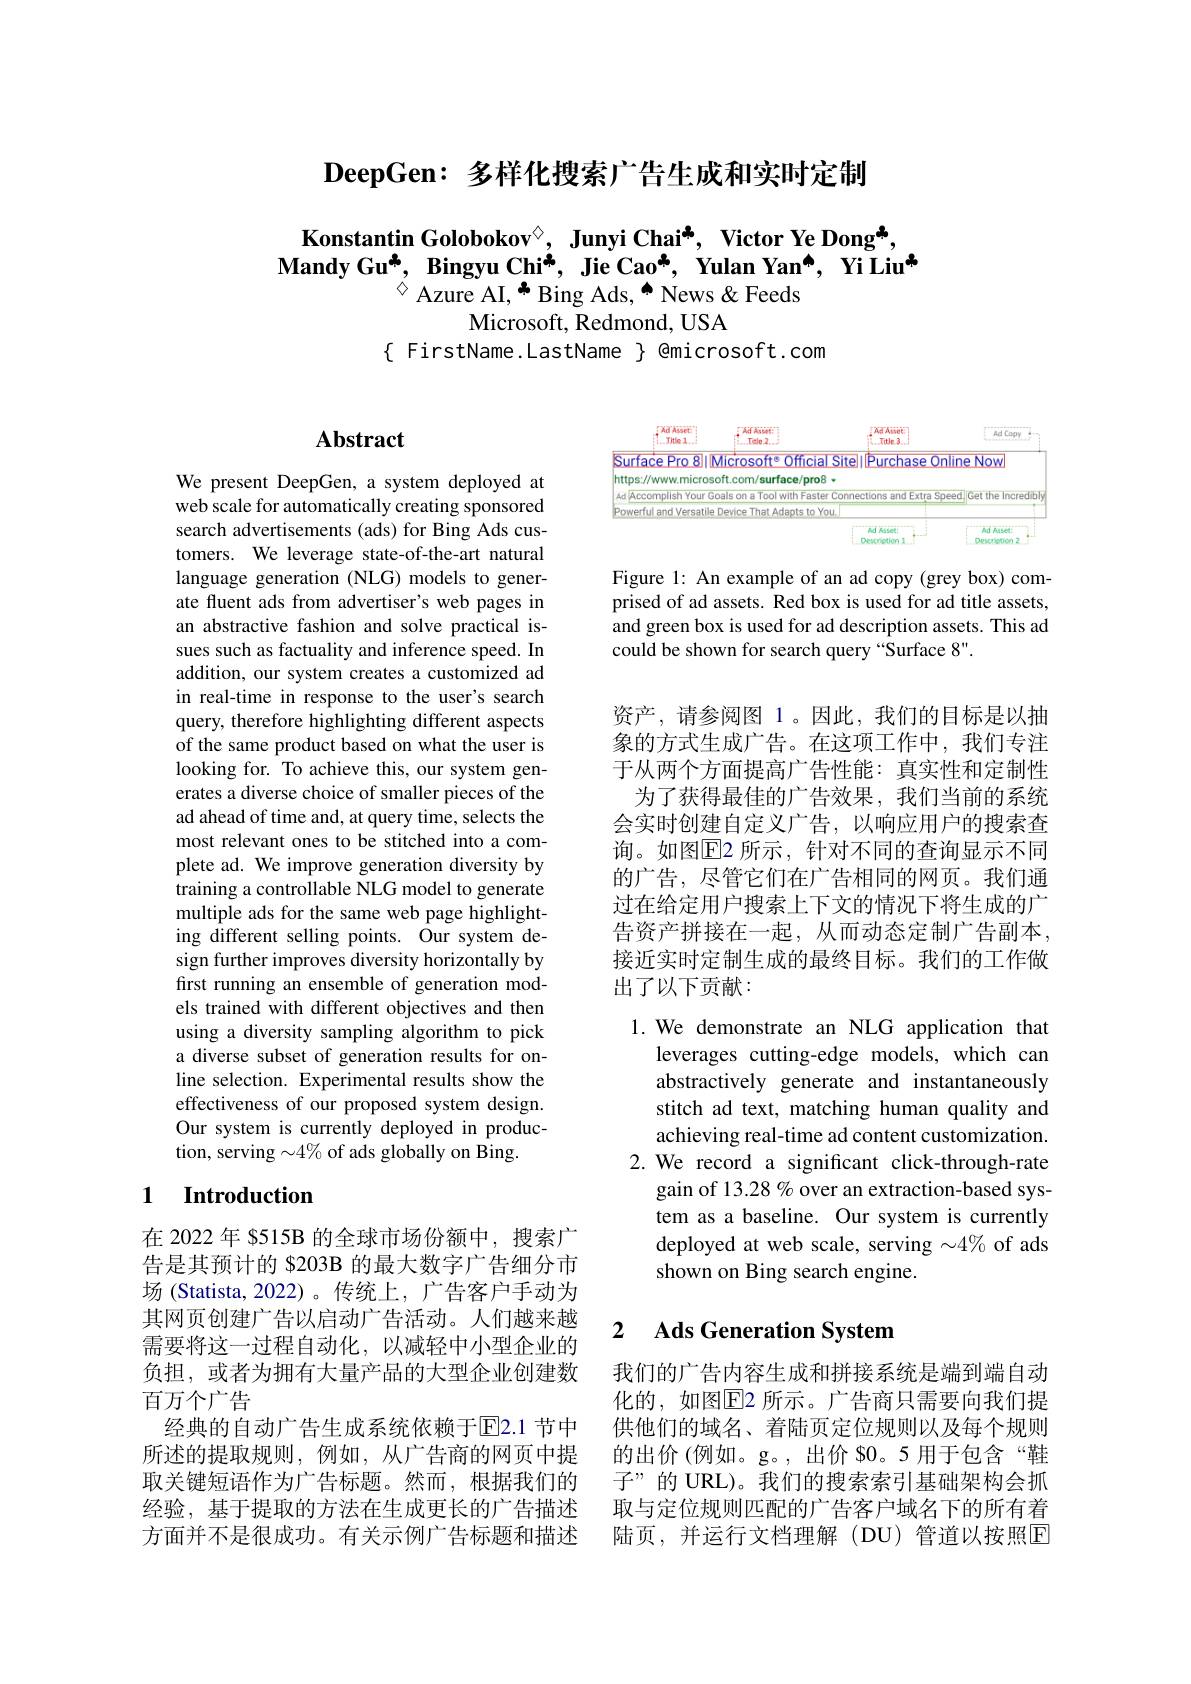
$\textbf{DeepGen: 多 样 化 搜 索 广 告 生 成 和 实 时 定 制 }$

Konstantin Golobokov$^{\textcircled{\mathrm{o}}}$, Junyi Chai*, Victor Ye Dong*,
Mandy Gu*, Bingyu Chi*, Jie Cao*, Yulan Yan", Yi Liu*
$^{\diamond}$ Azure AI, * Bing Ads, “ News & Feeds
Microsoft, Redmond, USA
$\{$ FirstName.LastName $\}$ @microsoft.com

## $\mathbf{Abstract}$

We present DeepGen, a system deployed at web scale for automatically creating sponsored search advertisements (ads) for Bing Ads customers. We leverage state-of-the-art natural language generation (NLG) models to generate fluent ads from advertiser's web pages in an abstractive fashion and solve practical issues such as factuality and inference speed. In addition, our system creates a customized ad in real-time in response to the user's search query, therefore highlighting different aspects of the same product based on what the user is looking for. To achieve this, our system generates a diverse choice of smaller pieces of the ad ahead of time and, at query time, selects the most relevant ones to be stitched into a complete ad. We improve generation diversity by training a controllable NLG model to generate multiple ads for the same web page highlighting different selling points. Our system design further improves diversity horizontally by first running an ensemble of generation models trained with different objectives and then using a diversity sampling algorithm to pick a diverse subset of generation results for online selection. Experimental results show the effectiveness of our proposed system design. Our system is currently deployed in production, serving $\sim4\%$ of ads globally on Bing.

### 1 $\textbf{Introduction}$

在 2022 年 $515B 的全球市场份额中，搜索广告是其预计的 8203B 的最大数字广告细分市场 (Statista, 2022)。传统上，广告客户手动为其网页创建广告以启动广告活动。人们越来越需要将这一过程自动化，以减轻中小型企业的负担，或者为拥有大量产品的大型企业创建数百万个广告
经典的自动广告生成系统依赖于E2.1 节中所述的提取规则，例如，从广告商的网页中提取关键短语作为广告标题。然而，根据我们的经验，基于提取的方法在生成更长的广告描述方面并不是很成功。有关示例广告标题和描述

<FigureHere>

Figure 1: An example of an ad copy (grey box) comprised of ad assets. Red box is used for ad title assets, and green box is used for ad description assets. This ad could be shown for search query “Surface 8”.

资产，请参阅图 1。因此，我们的目标是以抽象的方式生成广告。在这项工作中，我们专注于从两个方面提高广告性能：真实性和定制性
为了获得最佳的广告效果，我们当前的系统会实时创建自定义广告，以响应用户的搜索查询。如图$\overline{\mathrm{E}}$2 所示，针对不同的查询显示不同的广告，尽管它们在广告相同的网页。我们通过在给定用户搜索上下文的情况下将生成的广告资产拼接在一起，从而动态定制广告副本， 接近实时定制生成的最终目标。我们的工作做出了以下贡献：

1.We demonstrate an NLG application that
leverages cutting-edge models, which can abstractively generate and instantaneously stitch ad text, matching human quality and achieving real-time ad content customization.
2. We record a significant click-through-rate
gain of 13.28 % over an extraction-based system as a baseline. Our system is currently deployed at web scale, serving $\sim4\%$ of ads shown on Bing search engine.

### 2 $\textbf{Ads Generation System}$

我们的广告内容生成和拼接系统是端到端自动化的，如图$\overline{\mathrm{E}}$2 所示。广告商只需要向我们提供他们的域名、着陆页定位规则以及每个规则的出价(例如。g。,出价 80。5 用于包含“鞋子”的 URL)。我们的搜索索引基础架构会抓取与定位规则匹配的广告客户域名下的所有着陆页，并运行文档理解(DU)管道以按照回